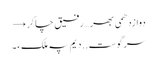
دوازدھمی بھر… رفیق چاکر →
سرگوست .. دیم پہ ملکءَ ۔